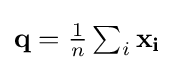
\textstyle \mathbf {q} ={\frac {1}{n}}\sum _{i}\mathbf {x_{i}}